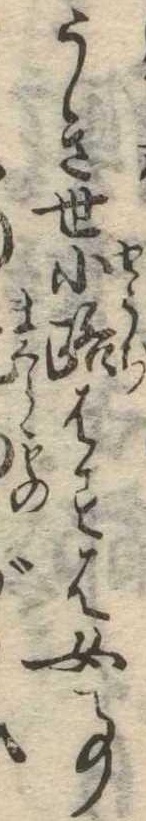
うき世小路はすは女事